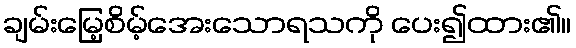
ချမ်းမြေ့စိမ့်အေးသောရသကို ပေး၍ထား၏။